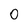
Character: O